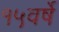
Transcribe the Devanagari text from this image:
१५वर्षे